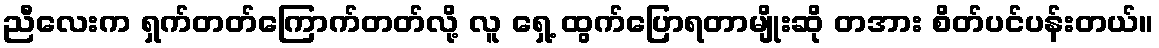
ညီလေးက ရှက်တတ်ကြောက်တတ်လို့ လူ ရှေ့ ထွက်ပြောရတာမျိုးဆို တအား စိတ်ပင်ပန်းတယ်။